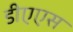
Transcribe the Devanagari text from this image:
डीएएस